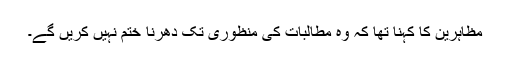
مظاہرین کا کہنا تھا کہ وہ مطالبات کی منظوری تک دھرنا ختم نہیں کریں گے۔